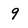
Character: 9